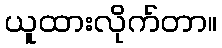
ယူထားလိုက်တာ။